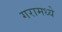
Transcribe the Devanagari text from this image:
गरामध्ये